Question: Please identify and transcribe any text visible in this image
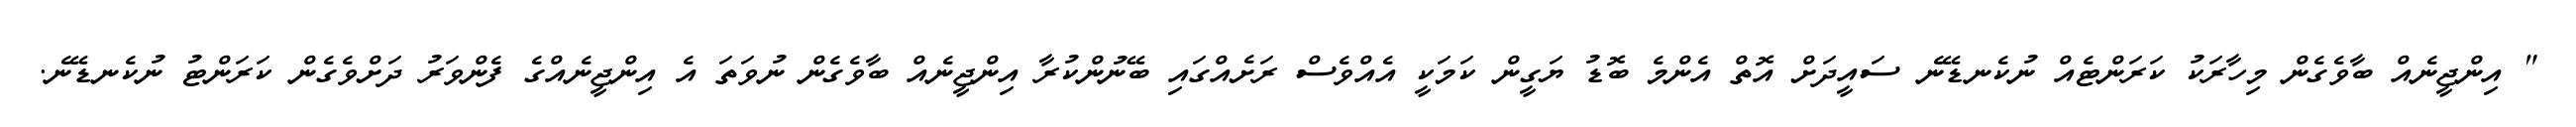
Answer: " އިންޖީނެއް ބާވެގެން މިހާރަކު ކަރަންޓެއް ނުކެނޑޭނެ ސައީދަށް އޮތް އެންމެ ބޮޑު ޔަގީން ކަމަކީ އެއްވެސް ރަށެއްގައި ބޭނުންކުރާ އިންޖީނެއް ބާވެގެން ނުވަތަ އެ އިންޖީނެއްގެ ފެންވަރު ދަށްވެގެން ކަރަންޓު ނުކެނޑޭނެ.